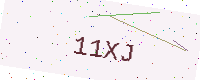
Text: 11XJ